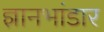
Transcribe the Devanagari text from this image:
ज्ञानभांडार